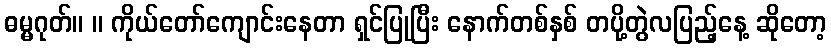
ဓမ္မဂုတ်။ ။ ကိုယ်တော်ကျောင်းနေတာ ရှင်ပြုပြီး နောက်တစ်နှစ် တပို့တွဲလပြည့်နေ့ ဆိုတော့